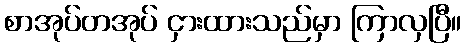
စာအုပ်တအုပ် ငှားထားသည်မှာ ကြာလှပြီ။